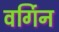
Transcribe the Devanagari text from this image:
वर्गिन